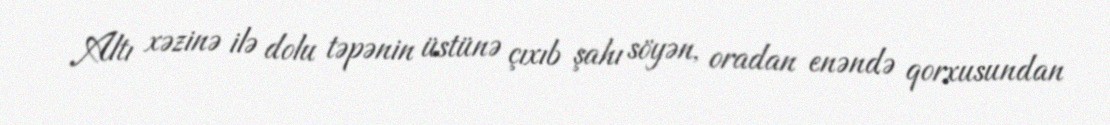
Altı xəzinə ilə dolu təpənin üstünə çıxıb şahı söyən, oradan enəndə qorxusundan